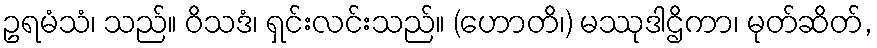
ဥရမံသံ၊ သည်။ ဝိသဒံ၊ ရှင်းလင်းသည်။ (ဟောတိ၊) မဿုဒါဌိကာ၊ မုတ်ဆိတ်,